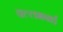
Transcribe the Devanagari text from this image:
वल्लभबाई